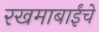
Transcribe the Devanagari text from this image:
रखमाबाईंचे